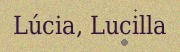
Lúcia, Lucilla